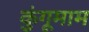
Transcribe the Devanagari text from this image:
कुंगूमाम